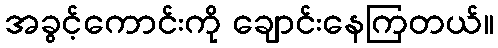
အခွင့်ကောင်းကို ချောင်းနေကြတယ်။